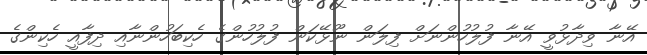
އޭނާ ވިދާޅުވީ އޭނާ ފުލުހުންނަށް ފިލަން ނޫޅޭކަން ފުލުހުންގެ ހެކިބަހުންނާއި ދިފާއީ ހެކިންގެ